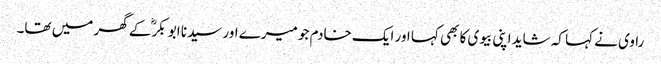
راوی نے کہا کہ شاید اپنی بیوی کا بھی کہا اور ایک خادم جو میرے اور سیدنا ابو بکرؓ کے گھر میں تھا۔